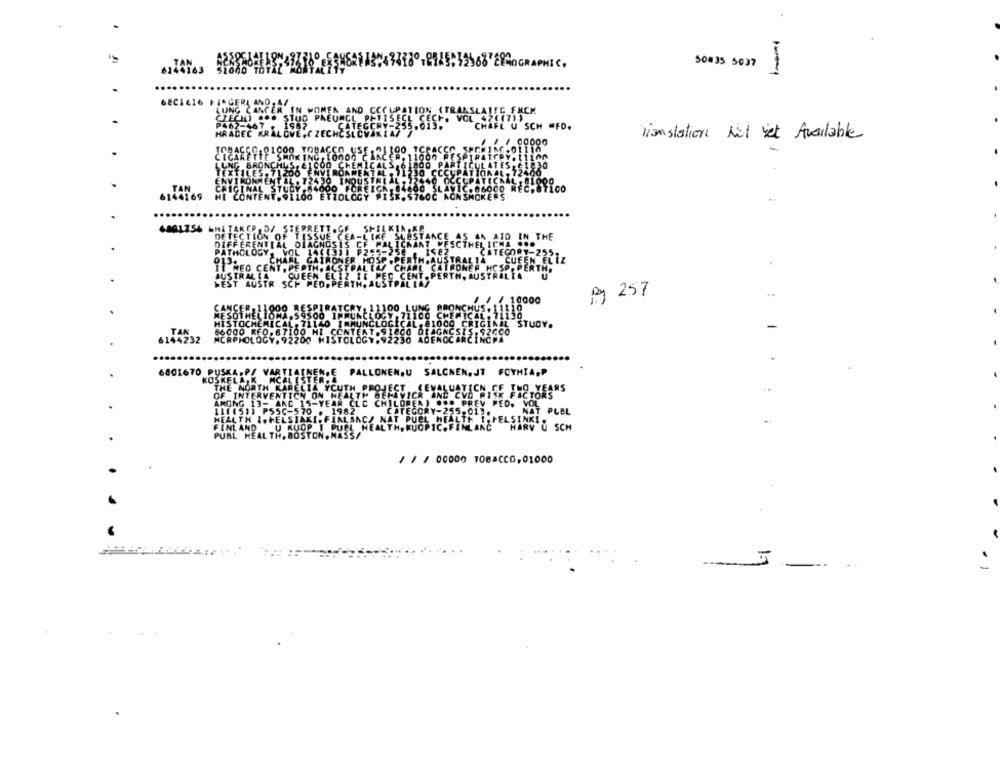
EENOGRAPHIC,
508 35 5037
LUNG CANCE
CZECH) ...
P462-467
SCH
lianstation Mil Yet Available
CIGARE
TOBACCOS
6144169
TAN
1754 -Hi
Bg 257
6801670
PALLONEN,U SALGNEN, JT FCYMIA,P
TH PROJ
ECT
LEVALUATION FE THO YEARS
ALTH
VICR AND CVD RISK FACTORS
CLC CHILDREN) ... PREV PED. VOL
182
CATEGORY-255.012.
NAT PLBL
LAAC/ NAT PUEL HEALTH 1. HELSINKI.
HEALTH, KUOPIC. FINLANC
HARV U SCH
PUBL
/// 00000 TOBACCO,01000
1.7